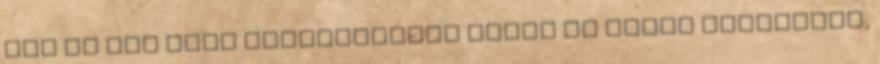
van az úgy hogy elragadtatja magát az ember Gondoltam,